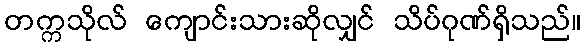
တက္ကသိုလ် ကျောင်းသားဆိုလျှင် သိပ်ဂုဏ်ရှိသည်။